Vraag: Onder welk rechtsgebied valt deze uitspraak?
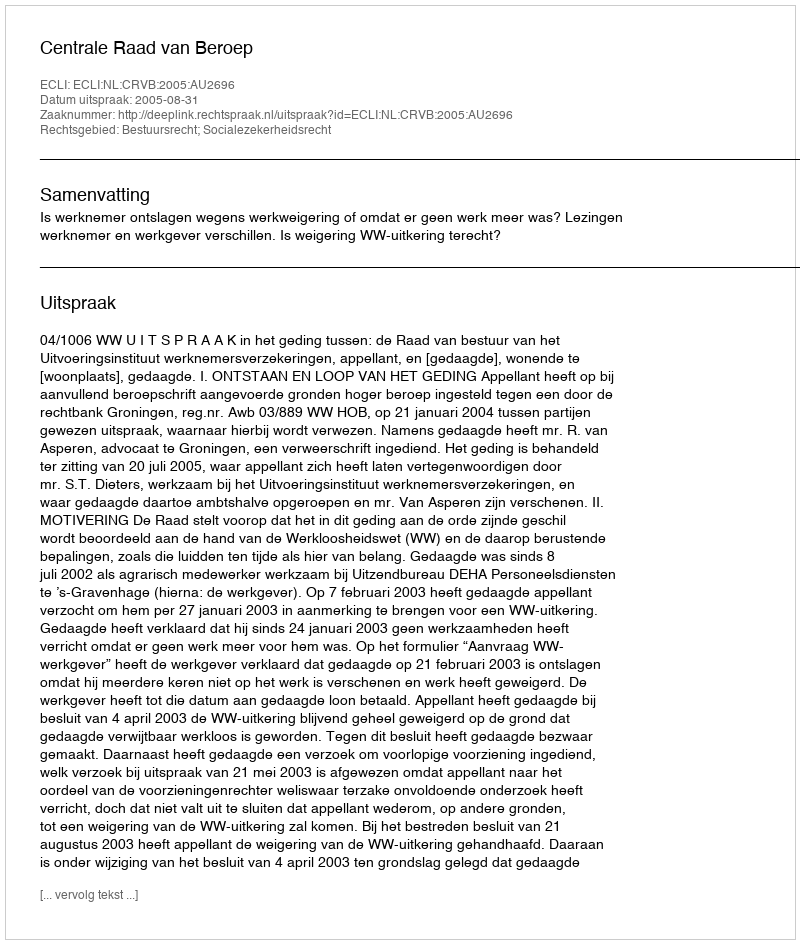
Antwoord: Bestuursrecht; Socialezekerheidsrecht